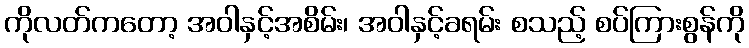
ကိုလတ်ကတော့ အဝါနှင့်အစိမ်း၊ အဝါနှင့်ခရမ်း စသည့် စပ်ကြားစွန်ကို